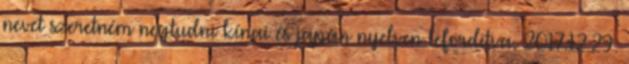
nevet szeretném negtudni kínai és japán nyelven leforditva. 2017.12.29.